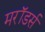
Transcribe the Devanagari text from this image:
मरॉडर्स